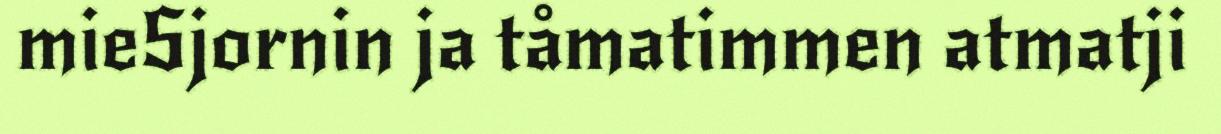
mieSjornin ja tåmatimmen atmatji